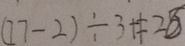
( 7 7 - 2 ) \div 3 + 1 = 2 8